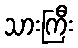
သားကြီး